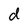
Character: d